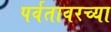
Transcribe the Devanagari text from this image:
पर्वतावरच्या